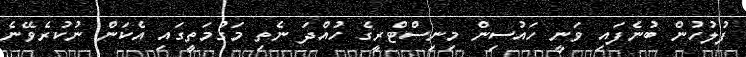
ފުލުހުން ބުނެފައި ވަނީ ހައުސިން މިނިސްޓްރީގެ ހުއްދަ ނެތި މަގުމަތީގައި އެކަން ނުކުރެވޭނެ